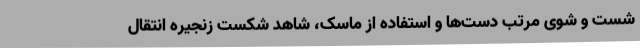
شست و شوی مرتب دست‌ها و استفاده از ماسک، شاهد شکست زنجیره انتقال